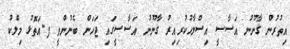
އިތުރުން ގާނޫނު އަސާސީ އިސްލާހުކުރިއިރު ގާނޫނު އަސާސީގައި ޖަހަން ބެނުންވީ ފ.އަތޮޅު މިލްކު